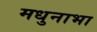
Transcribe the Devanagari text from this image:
मधुनाभा